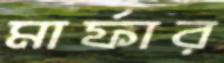
মার্ফার